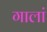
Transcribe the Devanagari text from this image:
गालां